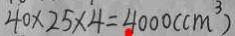
4 0 \times 2 5 \times 4 = 4 0 0 0 ( c m ^ { 3 } )